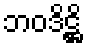
ဘဝဒိဋ္ဌိ